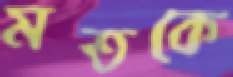
মতকে